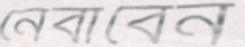
নেবাবেন